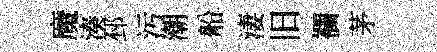
魔湊邳污潮船淒旧襴茅